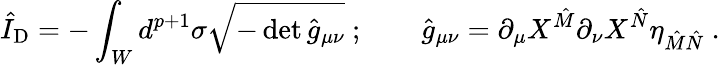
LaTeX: \hat{I}_{\mathrm{D}}=-\int_{W}d^{p+1}\sigma\sqrt{-\operatorname*{det}{\hat{g}}_{\mu\nu}}\ ;\qquad\hat{g}_{\mu\nu}=\partial_{\mu}X^{\hat{M}}\partial_{\nu}X^{\hat{N}}\eta_{\hat{M}\hat{N}}\ .